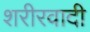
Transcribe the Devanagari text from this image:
शरीरवादी